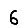
Digit: 6